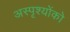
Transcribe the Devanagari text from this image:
अस्पृश्योंको